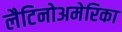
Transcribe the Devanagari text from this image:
लैटिनोअमेरिका